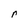
Character: r